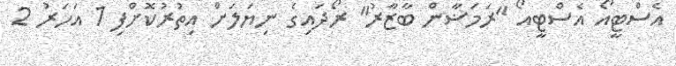
އެސްޓީއޯ އެސްޓީއޯ "ރަމަޟާން ބާޒާރު" ރޯދައިގެ ނިޔަލަށް އިތުރުކޮށްފި 1 އަހަރު 2